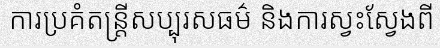
ការប្រគំតន្ត្រីសប្បុរសធម៌ និងការស្វះស្វែងពី